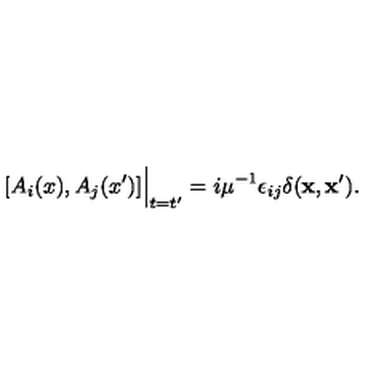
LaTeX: [ A _ { i } ( x ) , A _ { j } ( x ^ { \prime } ) ] \Big | _ { t = t ^ { \prime } } = i \mu ^ { - 1 } \epsilon _ { i j } \delta ( { \bf x } , { \bf x ^ { \prime } } ) .